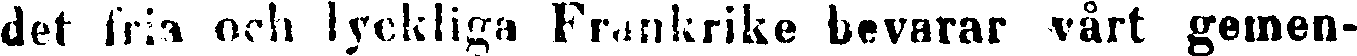
det fria och lyckliga Frankrike bevarar vårt gemen-